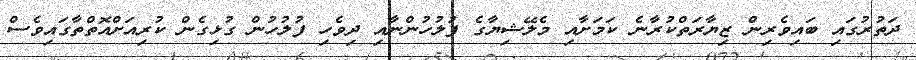
ދަތުރުގައި ބައިވެރިން ޒިޔާރަތްކުރާނެ ކަމަށާއި މެލޭޝިޔާގެ ފުލުހުންނާއި ދިވެހި ފުލުހުން ގުޅިގެން ކުރިއަށްއޮތްތާގައިވެސް